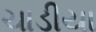
ચાડીયા